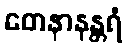
တေနာနန္တရံ